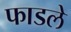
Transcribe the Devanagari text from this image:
फाडले